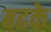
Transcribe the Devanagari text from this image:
बढके